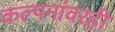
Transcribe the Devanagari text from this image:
कल्पनांवरही